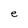
Character: e